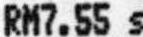
RM7.55 S